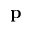
\mathbf { p }